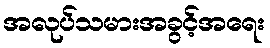
အလုပ်သမားအခွင့်အရေး